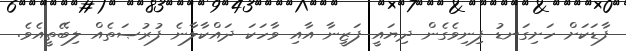
ފާޑަކަށް ހަށިގަނޑު ފިނިވެގެން ދިޔައީ ފަޒީނާ އާއި ވާހަކަ ދައްކާލާނެ ފުރުޞަތެއް ލިބޭތީއެވެ.